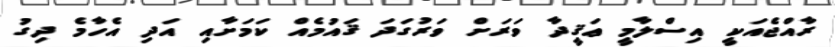
ރާއްޖެއަކީ އިސްލާމީ ޢަޤީދާ ވަރަށް ވަރުގަދަ ޤައުމެއް ކަމަށާއި އަދި އެހާމެ ދިގު